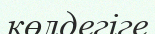
көлдегіге